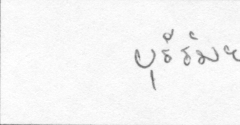
บุรีรัมย์